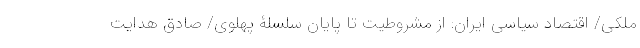
ملکی/ اقتصاد سیاسی ایران: از مشروطیت تا پایان سلسلۀ پهلوی/ صادق هدایت